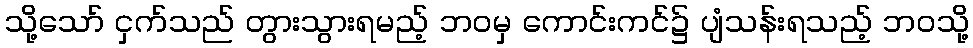
သို့သော် ငှက်သည် တွားသွားရမည့် ဘဝမှ ကောင်းကင်၌ ပျံသန်းရသည့် ဘဝသို့